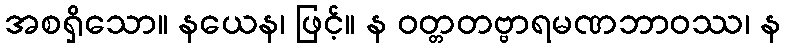
အစရှိသော။ နယေန၊ ဖြင့်။ န ဝတ္တတဗ္ဗာရမဏဘာဝဿ၊ န